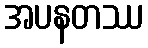
အပနတဿ